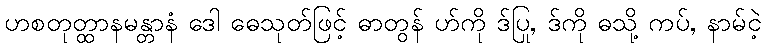
ဟစတုတ္ထာနမန္တာနံ ဒေါ ဓေသုတ်ဖြင့် ဓာတွန် ဟ်ကို ဒ်ပြု, ဒ်ကို ဓသို့ ကပ်, နာမ်ငဲ့